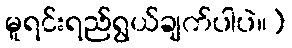
မူရင်းရည်ရွယ်ချက်ပါပဲ။)